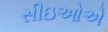
સીઇઓએ